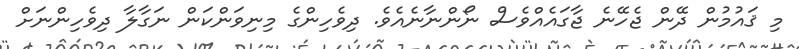
މި ޤައުމުން ދޭން ޖެހޭނެ ޖާގައެއްވެސް ނޯންނާނެއެވެ. ދިވެހިންގެ މިނިވަންކަން ނަގާލާ ދިވެހިންނަށް